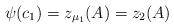
LaTeX: \begin{align*}\psi(c_1)=z_{\mu_1}(A)=z_2(A)\end{align*}